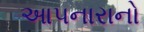
આપનારાનો